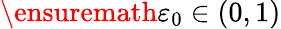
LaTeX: \ensuremath{\varepsilon}_{0}\in(0,1)